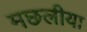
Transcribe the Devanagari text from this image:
मछलीया